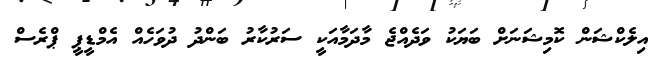
އިލެކްޝަން ކޮމިޝަނަށް ބަޔަކު ވަދެއްޖެ މާދަމާއަކީ ސަރުކާރު ބަންދު ދުވަހެއް އެމްޑީޕީ ޕްރެސް